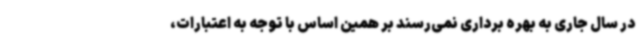
در سال جاری به بهره برداری نمی‌رسند بر همین اساس با توجه به اعتبارات،